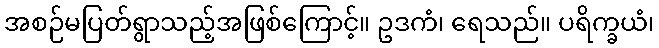
အစဉ်မပြတ်ရွာသည့်အဖြစ်ကြောင့်။ ဥဒကံ၊ ရေသည်။ ပရိက္ခယံ၊